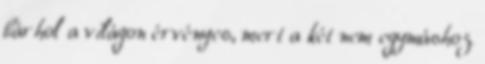
bárhol a világon érvényes, mert a két nem egymáshoz